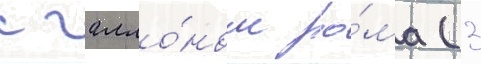
с галло́ном ро́ма (3